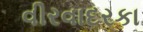
વીરવાદરકા